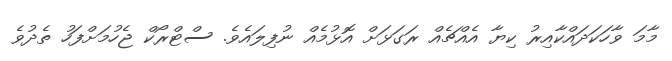
މާމަ ވާހަކަދައްކާއިރު ކިޔާ އެއްޗެއް ރަގަޅަށް އޮޅުމެއް ނުފިލައެވެ. ސްޓްރޯކް ޖެހުމަށްފަހު ތެދުވެ